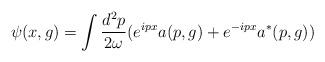
\begin{align*}\psi (x,g)=\int \frac{d^{2}p}{2\omega }(e^{ipx}a(p,g)+e^{-ipx}a^{*}(p,g))\end{align*}